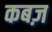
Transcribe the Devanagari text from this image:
कबज़